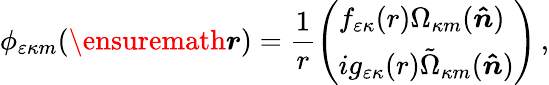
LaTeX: \phi_{\varepsilon\kappa m}(\ensuremath{\boldsymbol{r}})=\frac{1}{r}\left(\begin{array}{l}{f_{\varepsilon\kappa}{(r)}\Omega_{\kappa m}{(\boldsymbol{\hat{n}})}}\\ {ig_{\varepsilon\kappa}{(r)}\tilde{\Omega}_{\kappa m}{(\boldsymbol{\hat{n}})}}\end{array}\right)\, ,